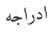
ادراجه